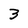
Character: 3